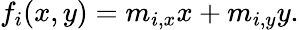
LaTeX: f_{i}(x,y)=m_{i,x}x+m_{i,y}y.